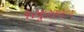
પરચૂરણભાગ